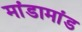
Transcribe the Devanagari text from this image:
मांडामांड